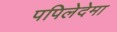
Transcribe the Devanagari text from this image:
पपिलेदेमा